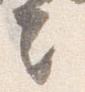
言